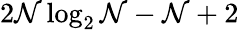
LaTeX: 2\mathcal{N}\log_{2}\mathcal{N}-\mathcal{N}+2